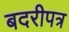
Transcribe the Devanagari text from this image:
बदरीपत्र